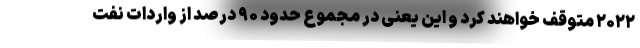
۲۰۲۲ متوقف خواهند کرد و این یعنی در مجموع حدود ۹۰ درصد از واردات نفت